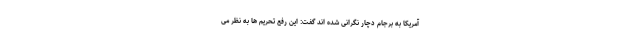
آمریکا به برجام دچار نگرانی شده اند گفت: این رفع تحریم ها به نظر می